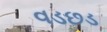
વડછડ